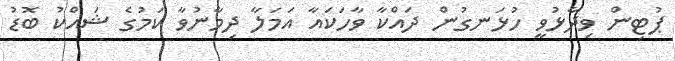
ޕުޓިން ވިދާޅުވީ ހުޅަނގުން ދައްކާ ވާހަކައާ އަމަލާ ދިމާނުވާ ކަމުގެ ޝައްކު ބޮޑު